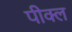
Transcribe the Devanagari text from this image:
पीक्ल